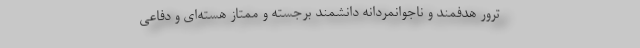
ترور هدفمند و ناجوانمردانه‌ دانشمند برجسته و ممتاز هسته‌ای و دفاعی